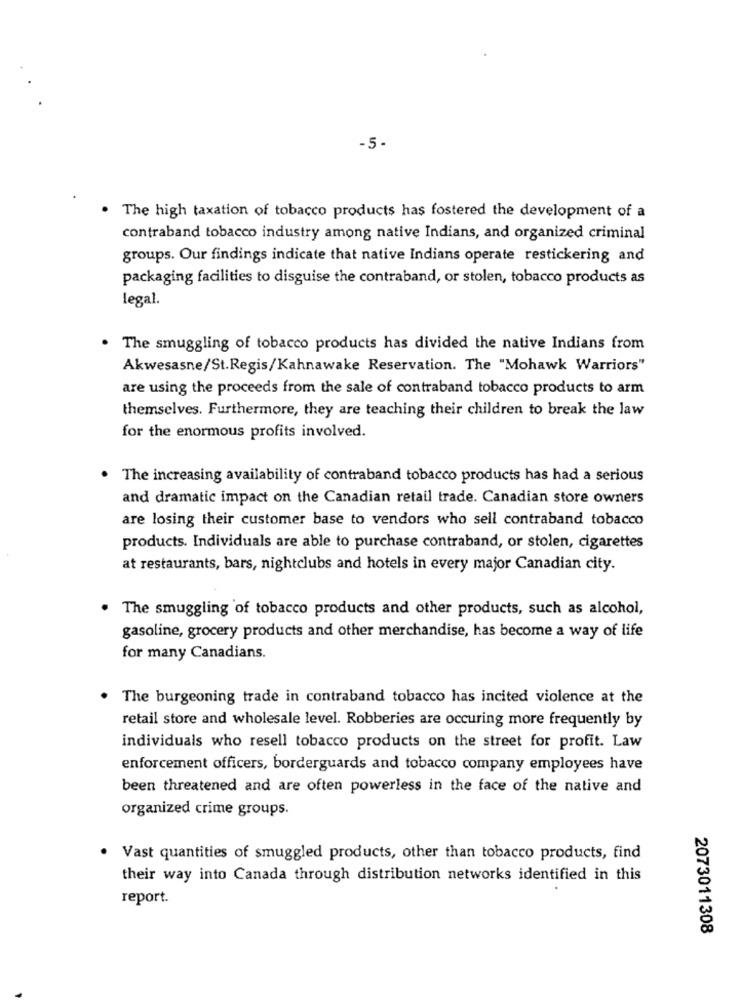
-5.
The high taxation of tobacco products has fostered the development of a
contraband tobacco industry among native Indians, and organized criminal
groups. Our findings indicate that native Indians operate restickering and
packaging facilities to disguise the contraband, or stolen, tobacco products as
legal.
The smuggling of tobacco products has divided the native Indians from
Akwesasne/St.Regis/Kahnawake Reservation. The "Mohawk Warriors"
are using the proceeds from the sale of contraband tobacco products to arm
themselves. Furthermore, they are teaching their children to break the law
for the enormous profits involved.
The increasing availability of contraband tobacco products has had a serious
and dramatic impact on the Canadian retail trade. Canadian store owners
are losing their customer base to vendors who sell contraband tobacco
products. Individuals are able to purchase contraband, or stolen, cigarettes
at restaurants, bars, nightclubs and hotels in every major Canadian city.
The smuggling of tobacco products and other products, such as alcohol,
gasoline, grocery products and other merchandise, has become a way of life
for many Canadians.
The burgeoning trade in contraband tobacco has incited violence at the
retail store and wholesale level. Robberies are occuring more frequently by
individuals who resell tobacco products on the street for profit. Law
enforcement officers, borderguards and tobacco company employees have
been threatened and are often powerless in the face of the native and
organized crime groups.
Vast quantities of smuggled products, other than tobacco products, find
their way into Canada through distribution networks identified in this
report.
2073011308